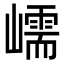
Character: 嶿